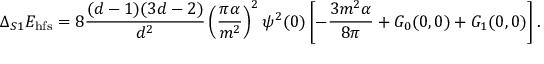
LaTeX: \Delta _ { S 1 } E _ { \mathrm { h f s } } = 8 \frac { ( d - 1 ) ( 3 d - 2 ) } { d ^ { 2 } } \left( \frac { \pi \alpha } { m ^ { 2 } } \right) ^ { 2 } \psi ^ { 2 } ( 0 ) \left[ - \frac { 3 m ^ { 2 } \alpha } { 8 \pi } + G _ { 0 } ( 0 , 0 ) + G _ { 1 } ( 0 , 0 ) \right] .